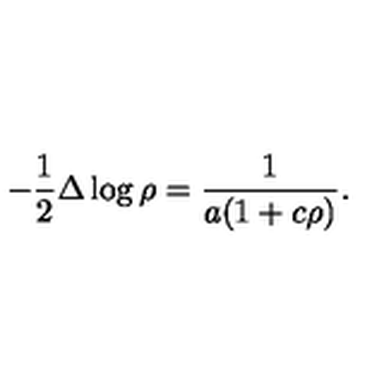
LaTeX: - \frac 1 2 \Delta \log \rho = \frac 1 { a ( 1 + c \rho ) } .